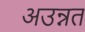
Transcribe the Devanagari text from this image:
अउन्नत